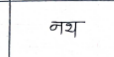
मजकूर: नथ